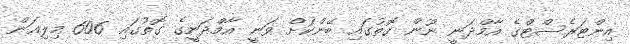
އިންޓަރެސްޓްގެ އާމްދަނީ ނޫން ގޮތުގައި ބޭންކަށް ވަނީ އާމްދަނީގެ ގޮތުގައި 606 މިލިއަން